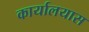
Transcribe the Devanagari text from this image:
कार्यालयास